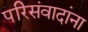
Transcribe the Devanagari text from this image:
परिसंवादांना